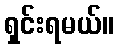
ရှင်းရမယ်။